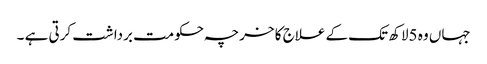
جہاں وہ 5لاکھ تک کے علاج کا خرچہ حکومت برداشت کرتی ہے ۔